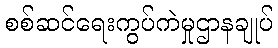
စစ်ဆင်ရေးကွပ်ကဲမှုဌာနချုပ်